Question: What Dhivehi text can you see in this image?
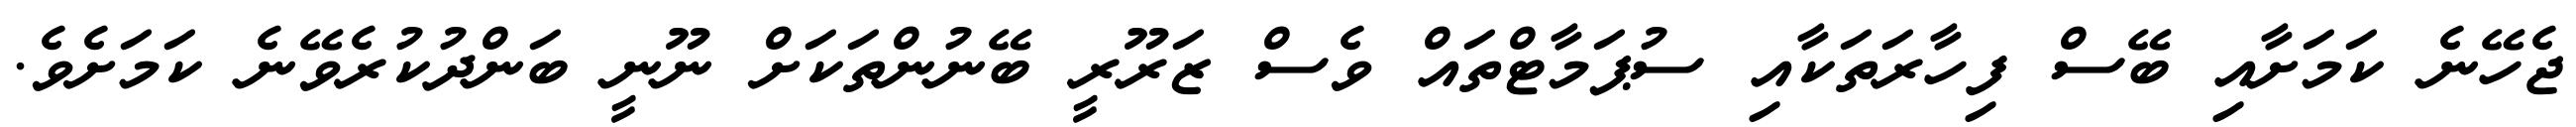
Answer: ޖެހޭނެ ކަމަށާއި ބޭސް ފިހާރަތަކާއި ސުޕަމާޓްތައް ވެސް ޒަރޫރީ ބޭނުންތަކަށް ނޫނީ ބަންދުކުރެވޭނެ ކަމަށެވެ.